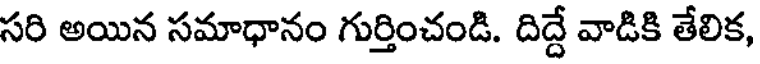
సరి అయిన సమాధానం గుర్తించండి. దిద్దే వాడికి తేలిక,